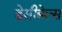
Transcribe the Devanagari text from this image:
डेसीबेल्स